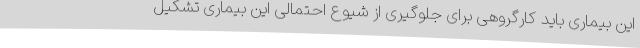
این بیماری باید کارگروهی برای جلوگیری از شیوع احتمالی این بیماری تشکیل